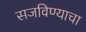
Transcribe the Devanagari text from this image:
सजविण्याचा